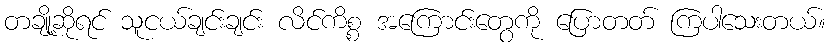
တချို့ဆိုရင် သူငယ်ချင်းချင်း လိင်ကိစ္စ အကြောင်းတွေကို ပြောတတ် ကြပါသေးတယ်။